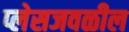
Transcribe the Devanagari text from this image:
प्लेसजवळील